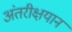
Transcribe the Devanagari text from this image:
अंतरीक्षयान